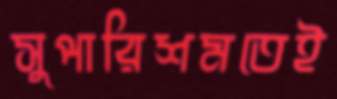
সুপারিশমতেই